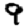
Digit: 9